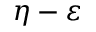
\eta - \varepsilon